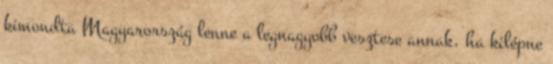
kimondta Magyarország lenne a legnagyobb vesztese annak, ha kilépne